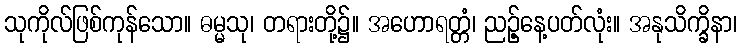
သုကိုလ်ဖြစ်ကုန်သော။ ဓမ္မသု၊ တရားတို့၌။ အဟောရတ္တံ၊ ညဉ့်နေ့ပတ်လုံး။ အနုသိက္ခိနာ၊